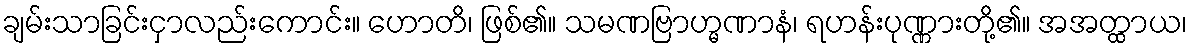
ချမ်းသာခြင်းငှာလည်းကောင်း။ ဟောတိ၊ ဖြစ်၏။ သမဏဗြာဟ္မဏာနံ၊ ရဟန်းပုဏ္ဏားတို့၏။ အအတ္ထာယ၊